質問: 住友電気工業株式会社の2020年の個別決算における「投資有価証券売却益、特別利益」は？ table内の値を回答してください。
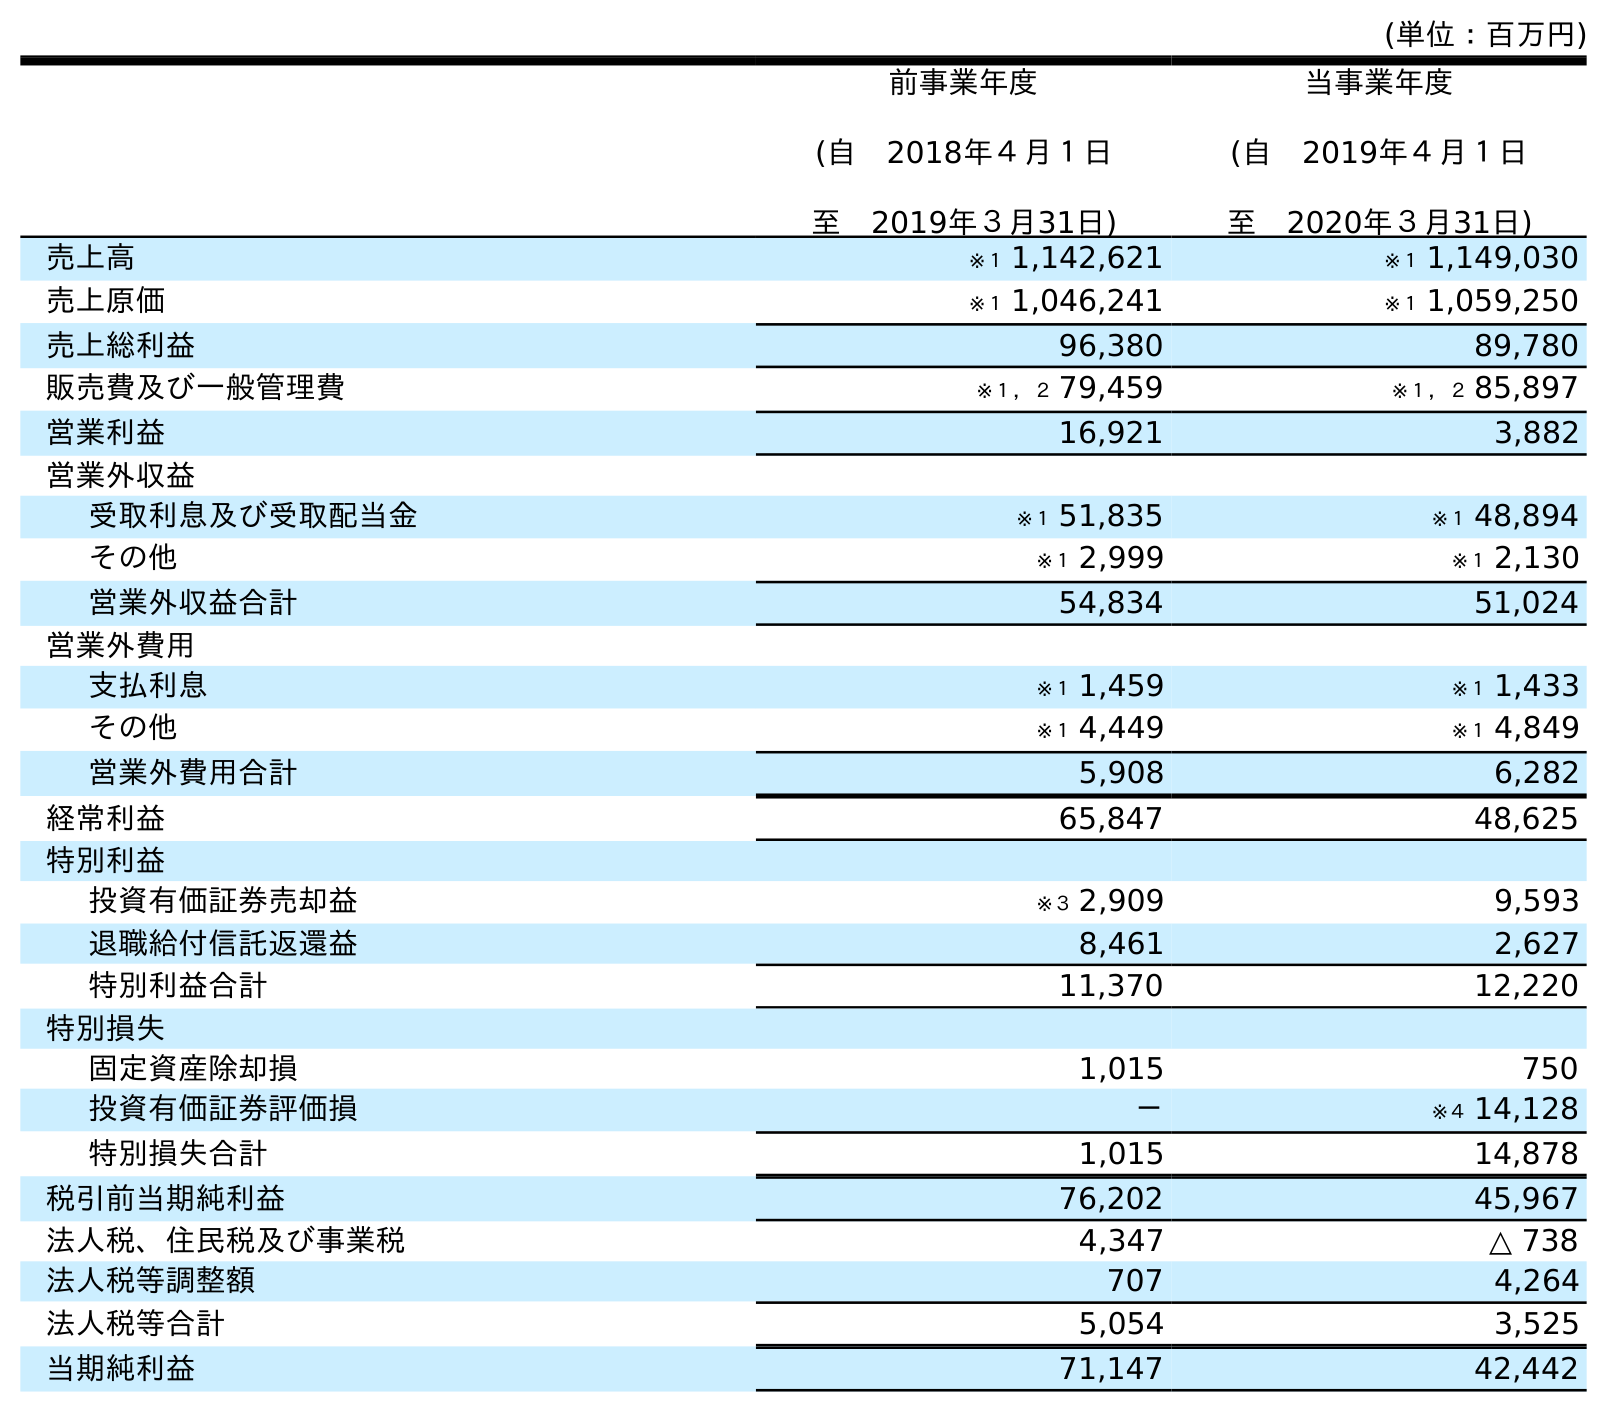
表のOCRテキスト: (単位：百万円) 前事業年度 (自 2018年４月１日 至 2019年３月31日) 当事業年度 (自 2019年４月１日 至 2020年３月31日) 売上高 ※１ 1,142,621 ※１ 1,149,030 売上原価 ※１ 1,046,241 ※１ 1,059,250 売上総利益 96,380 89,780 販売費及び一般管理費 ※１，２ 79,459 ※１，２ 85,897 営業利益 16,921 3,882 営業外収益 受取利息及び受取配当金 ※１ 51,835 ※１ 48,894 その他 ※１ 2,999 ※１ 2,130 営業外収益合計 54,834 51,024 営業外費用 支払利息 ※１ 1,459 ※１ 1,433 その他 ※１ 4,449 ※１ 4,849 営業外費用合計 5,908 6,282 経常利益 65,847 48,625 特別利益 投資有価証券売却益 ※３ 2,909 9,593 退職給付信託返還益 8,461 2,627 特別利益合計 11,370 12,220 特別損失 固定資産除却損 1,015 750 投資有価証券評価損 － ※４ 14,128 特別損失合計 1,015 14,878 税引前当期純利益 76,202 45,967 法人税、住民税及び事業税 4,347 △ 738 法人税等調整額 707 4,264 法人税等合計 5,054 3,525 当期純利益 71,147 42,442
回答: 9,593